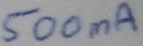
Text: 500mA